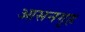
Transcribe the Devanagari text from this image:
आसनगृह